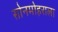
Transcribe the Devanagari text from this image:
सोनमोहराला